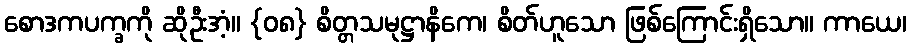
စောဒကပက္ခကို ဆိုဦးအံ့။ {၀၈} စိတ္တသမုဋ္ဌာနိကေ၊ စိတ်ဟူသော ဖြစ်ကြောင်းရှိသော။ ကာယေ၊